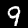
Label: 9